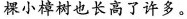
棵小樟树也长高了许多。